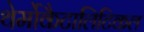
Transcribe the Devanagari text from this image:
थेर्मोकैटालिटिकल